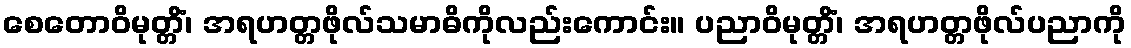
စေတောဝိမုတ္တိံ၊ အရဟတ္တဖိုလ်သမာဓိကိုလည်းကောင်း။ ပညာဝိမုတ္တိံ၊ အရဟတ္တဖိုလ်ပညာကို